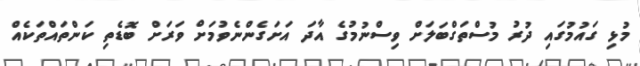
މުޅި ގައުމުގައި ދުރު މުސްތަގްބަލަށް ވިސްނުމުގެ އާދަ އަށަގެންނެވުމަށް ވަރަށް ބޮޑެތި ކަންތައްތަކެއް